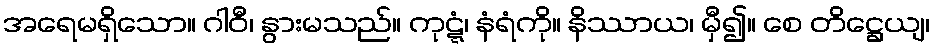
အရေမရှိသော။ ဂါဝီ၊ နွားမသည်။ ကုဋ္ဋံ၊ နံရံကို။ နိဿာယ၊ မှီ၍။ စေ တိဋ္ဌေယျ၊